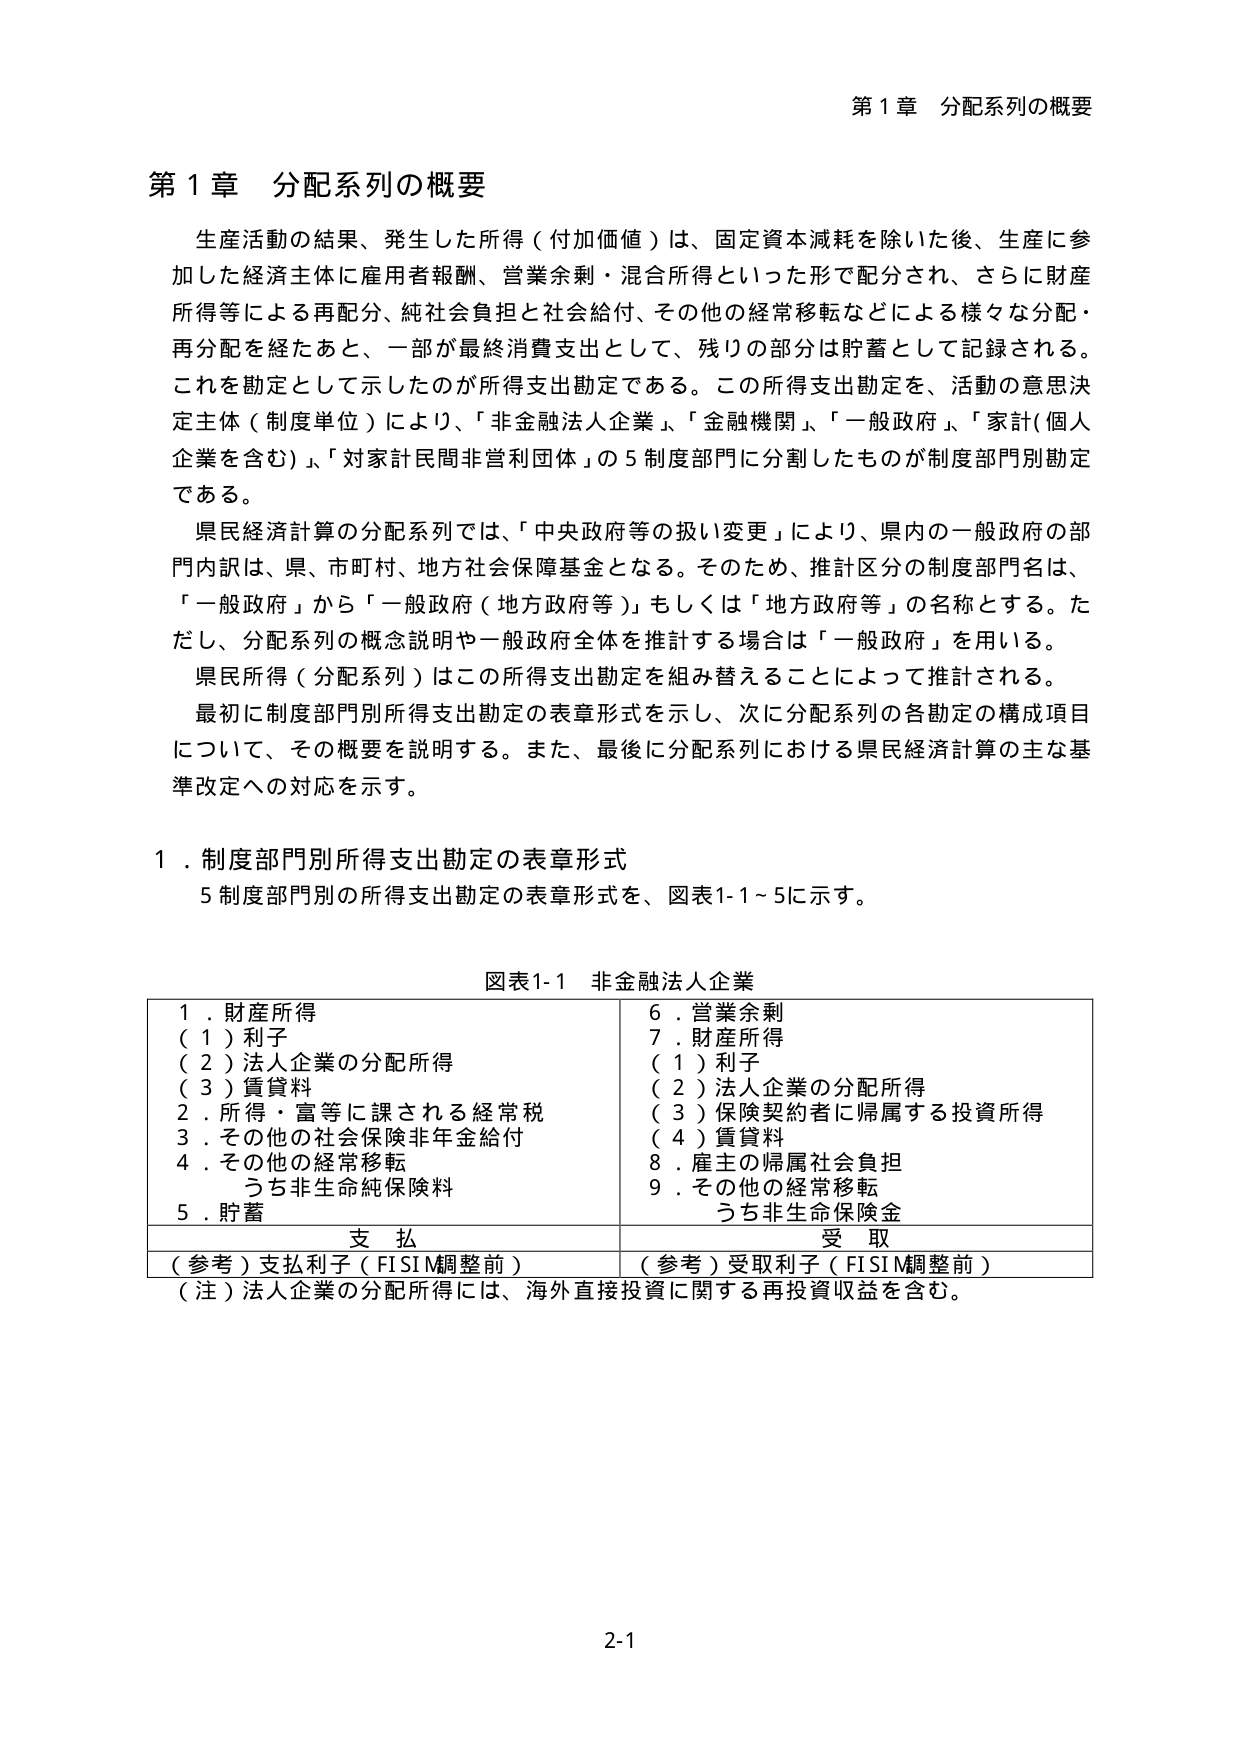
第１章 分配系列の概要

生産活動の結果、発生した所得（付加価値）は、固定資本減耗を除いた後、生産に参加した経済主体に雇用者報酬、営業余剰・混合所得といった形で配分され、さらに財産所得等による再配分、純社会負担と社会給付、その他の経常移転などによる様々な分配・再分配を経たあと、一部が最終消費支出として、残りの部分は貯蓄として記録される。これを勘定として示したのが所得支出勘定である。この所得支出勘定を、活動の意思決定主体（制度単位）により、「非金融法人企業」、「金融機関」、「一般政府」、「家計（個人企業を含む）」、「対家計民間非営利団体」の５制度部門に分割したものが制度部門別勘定である。

県民経済計算の分配系列では、「中央政府等の扱い変更」により、県内的一般政府の部門内訳は、県、市町村、地方社会保障基金となる。そのため、推計区分の制度部門名は、「一般政府」から「一般政府（地方政府等）」もしくは「地方政府等」の名称とする。ただし、分配系列の概念説明や一般政府全体を推計する場合は「一般政府」を用いる。

県民所得（分配系列）はこの所得支出勘定を組み替えることによって推計される。

最初に制度部門別所得支出勘定の表章形式を示し、次に分配系列の各勘定の構成項目について、その概要を説明する。また、最後に分配系列における県民経済計算の主な基準改定への対応を示す。

１．制度部門別所得支出勘定の表章形式

５制度部門別の所得支出勘定の表章形式を、図表1-1～5に示す。

図表1-1 非金融法人企業

1．財産所得
（1）利子
（2）法人企業の分配所得
（3）賃貸料
2．所得・富等に課される経常税
3．その他の社会保険非年金給付
4．その他の経常移転
　　うち非生命純保険料
5．貯蓄

6．営業余剰
7．財産所得
（1）利子
（2）法人企業の分配所得
（3）保険契約者に帰属する投資所得
（4）賃貸料
8．雇主の帰属社会負担
9．その他の経常移転
　　うち非生命保険金

支払　　　　　　　　　　　　　　　受取

（参考）支払利子（FISIM調整前）　　（参考）受取利子（FISIM調整前）

（注）法人企業の分配所得には、海外直接投資に関する再投資収益を含む。

2-1